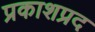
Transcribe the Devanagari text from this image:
प्रकाशप्रद